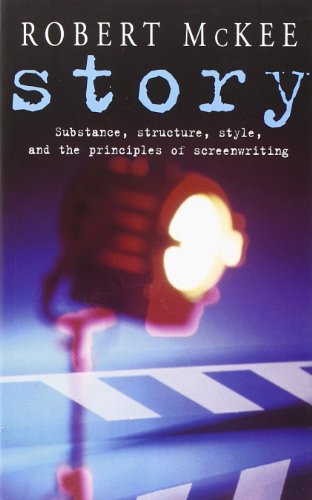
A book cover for Story: Substance, Structure, Style and the Principles of Screenwriting (Methuen Film); Robert McKee; Humor & Entertainment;